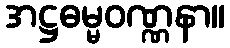
အဋ္ဌဓမ္မဝဏ္ဏနာ။